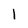
Character: l